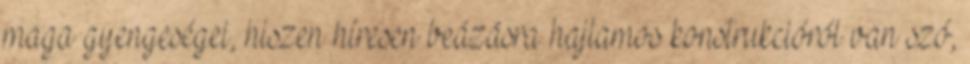
maga gyengeségei, hiszen híresen beázásra hajlamos konstrukcióról van szó,